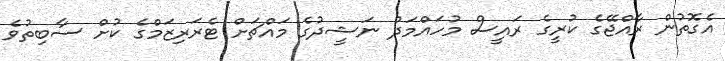
އެގޮތުން ރާއްޖޭގެ ކުރީގެ ރައީސް މުހައްމަދު ނަޝީދުގެ މައްޗަށް ޓެރަރިޒަމްގެ ކުށް ސާބިތުވެ